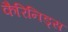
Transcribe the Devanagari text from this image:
कैरिनिड्स